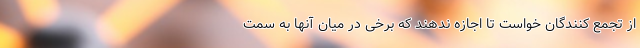
از تجمع کنندگان خواست تا اجازه ندهند که برخی در میان آنها به سمت